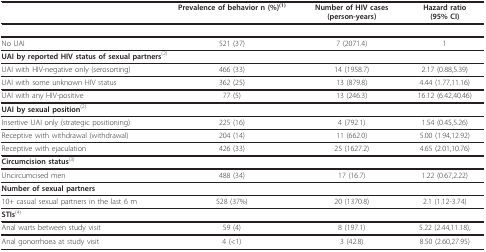
<table><thead><tr><td></td><td><b>Prevalence of behavior n (%)<sup>(1)</sup></b></td><td><b>Number of HIV cases (person-years)</b></td><td><b>Hazard ratio (95% CI)</b></td></tr></thead><tbody><tr><td>No UAI</td><td>521 (37)</td><td>7 (2071.4)</td><td>1</td></tr><tr><td colspan="2"><b>UAI by reported HIV status of sexual partners</b><sup>(2)</sup></td><td></td><td></td></tr><tr><td>UAI with HIV-negative only (serosorting)</td><td>466 (33)</td><td>14 (1958.7)</td><td>2.17 (0.88,5.39)</td></tr><tr><td>UAI with some unknown HIV status</td><td>362 (25)</td><td>13 (879.8)</td><td>4.44 (1.77,11.16)</td></tr><tr><td>UAI with any HIV-positive</td><td>77 (5)</td><td>13 (246.3)</td><td>16.12 (6.42,40.46)</td></tr><tr><td><b>UAI by sexual position</b><sup>(2)</sup></td><td></td><td></td><td></td></tr><tr><td>Insertive UAI only (strategic positioning)</td><td>225 (16)</td><td>4 (792.1)</td><td>1.54 (0.45,5.26)</td></tr><tr><td>Receptive with withdrawal (withdrawal)</td><td>204 (14)</td><td>11 (662.0)</td><td>5.00 (1.94,12.92)</td></tr><tr><td>Receptive with ejaculation</td><td>426 (33)</td><td>25 (1627.2)</td><td>4.65 (2.01,10.76)</td></tr><tr><td><b>Circumcision status</b><sup>(3)</sup></td><td></td><td></td><td></td></tr><tr><td>Uncircumcised men</td><td>488 (34)</td><td>17 (16.7)</td><td>1.22 (0.67,2.22)</td></tr><tr><td><b>Number of sexual partners</b></td><td></td><td></td><td></td></tr><tr><td>10+ casual sexual partners in the last 6 m</td><td>528 (37%)</td><td>20 (1370.8)</td><td>2.1 (1.12-3.74)</td></tr><tr><td><b>STIs</b><sup>(4)</sup></td><td></td><td></td><td></td></tr><tr><td>Anal warts between study visit</td><td>59 (4)</td><td>8 (197.1)</td><td>5.22 (2.44,11.18),</td></tr><tr><td>Anal gonorrhoea at study visit</td><td>4 (&lt;1)</td><td>3 (42.8)</td><td>8.50 (2.60,27.95)</td></tr></tbody></table>